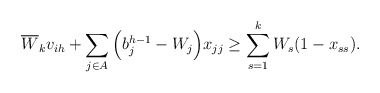
\begin{align*} \overline{W}_k v_{ih}+\sum_{j \in A}\Big(b_j^{h-1}-W_j\Big)x_{jj} \ge \sum_{s=1}^k W_s(1-x_{ss}).\end{align*}